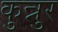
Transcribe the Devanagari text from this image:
कुन्नुर